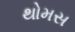
થોમસ